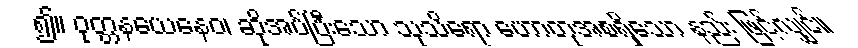
၍။ ဝုတ္တနယေနေဝ၊ ဆိုအပ်ပြီးသော သုသိရော ဟောတုအစရှိသော နည်း ဖြင့်လျှင်။